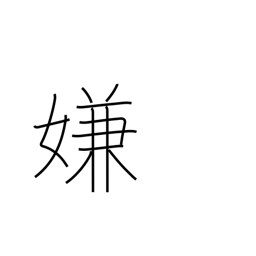
Meaning: detest